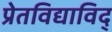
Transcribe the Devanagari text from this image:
प्रेतविद्याविद्